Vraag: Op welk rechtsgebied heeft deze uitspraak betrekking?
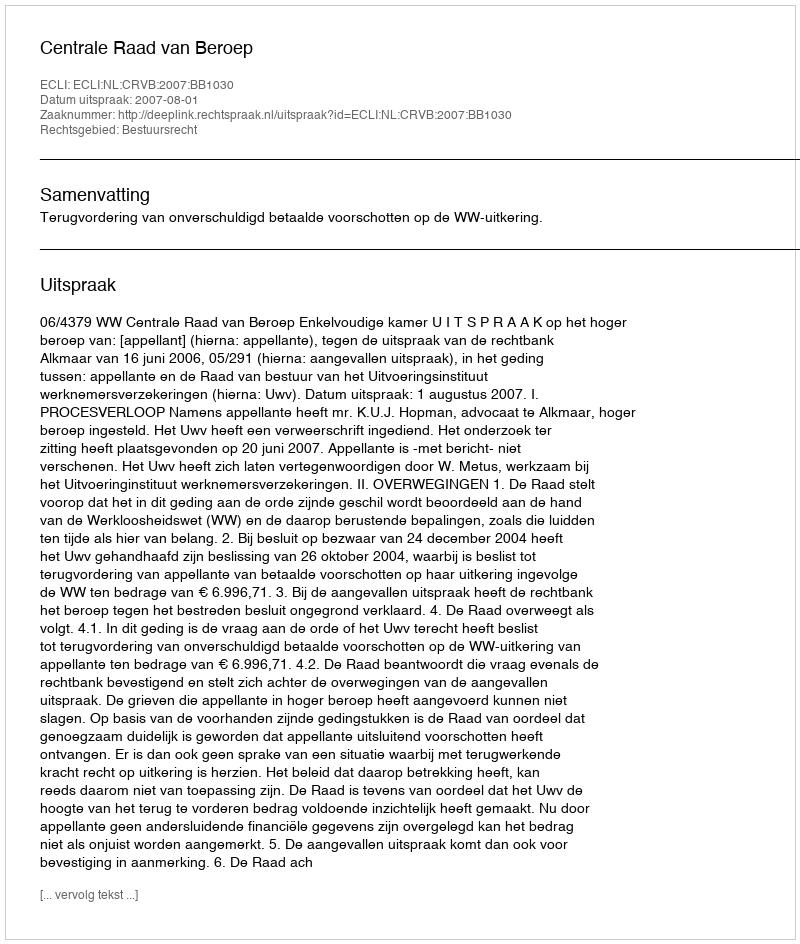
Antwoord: Bestuursrecht